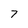
Character: 7